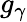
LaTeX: g_{\gamma}